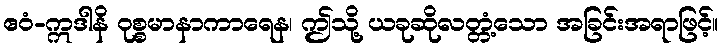
ဧဝံ-ဣဒါနိ ဝုစ္စမာနာကာရေန၊ ဤသို့ ယခုဆိုလတ္တံ့သော အခြင်းအရာဖြင့်။